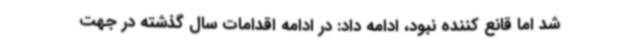
شد اما قانع کننده نبود، ادامه داد: در ادامه اقدامات سال گذشته در جهت